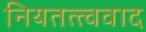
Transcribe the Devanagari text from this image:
नियतत्त्ववाद